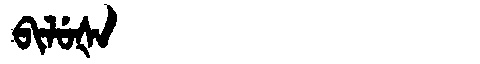
Manchu: ᠪᡳᠯᡠᡧᠠ
Romanization: BILUŠA